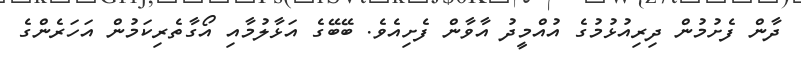
ދާން ފެށުމުން ދިރިއުޅުމުގެ އުއްމީދު އާވާން ފެށިއެވެ. ބޭބޭގެ އަޅާލުމާއި އޯގާތެރިކަމުން އަހަރެންގެ